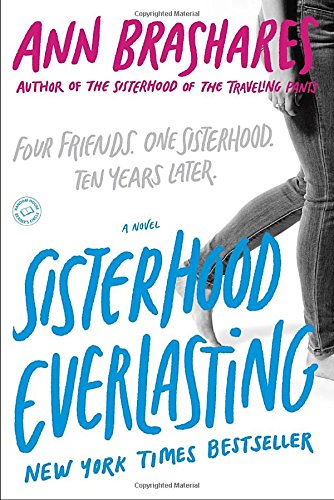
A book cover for Sisterhood Everlasting; Ann Brashares; Literature & Fiction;